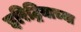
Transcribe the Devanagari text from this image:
इरिट्रियाच्या